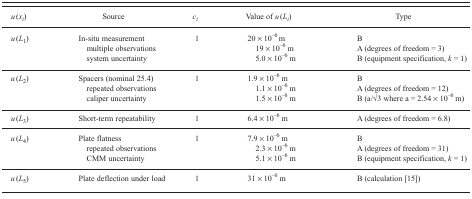
| u (xi) | Source | ci | Value of u (Li) | Type |
 | --- | --- | --- | --- | --- |
 | <ROWSPAN=3> u (L1) | <ROWSPAN=3> In-situ measurement multiple observations system uncertainty | <ROWSPAN=3> 1 | 20 × 10−6 m | B |
 | 19 × 10−6 m | A (degrees of freedom = 3) |
 | 5.0 × 10−6 m | B (equipment specification, k = 1) |
 | <ROWSPAN=3> u (L2) | <ROWSPAN=3> Spacers (nominal 25.4) repeated observations caliper uncertainty | <ROWSPAN=3> 1 | 1.9 × 10−6 m | B |
 | 1.1 × 10−6 m | A (degrees of freedom = 12) |
 | 1.5 × 10−6 m | B (a/√3 where a = 2.54 × 10−6 m) |
 | u (L3) | Short-term repeatability | 1 | 6.4 × 10−6 m | A (degrees of freedom = 6.8) |
 | <ROWSPAN=3> u (L4) | <ROWSPAN=3> Plate flatness repeated observations CMM uncertainty | <ROWSPAN=3> 1 | 7.9 × 10−6 m | B |
 | 2.3 × 10−6 m | A (degrees of freedom = 31) |
 | 5.1 × 10−6 m | B (equipment specification, k = 1) |
 | u (L5) | Plate deflection under load | 1 | 31 × 10−6 m | B (calculation [15]) |